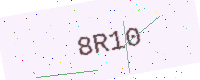
Text: 8R10